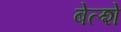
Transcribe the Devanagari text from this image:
बेल्शे